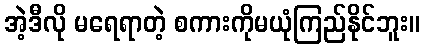
အဲ့ဒီလို မရေရာတဲ့ စကားကိုမယုံကြည်နိုင်ဘူး။